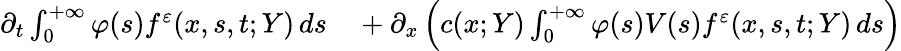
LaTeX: \begin{array}{rl}{\partial_{t}\int_{0}^{+\infty}\varphi(s)f^{\varepsilon}(x,s,t;Y)\, ds}&{{}+\partial_{x}\left(c(x;Y)\int_{0}^{+\infty}\varphi(s)V(s)f^{\varepsilon}(x,s,t;Y)\, ds\right)}\end{array}